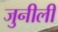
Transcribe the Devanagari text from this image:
जुनीली